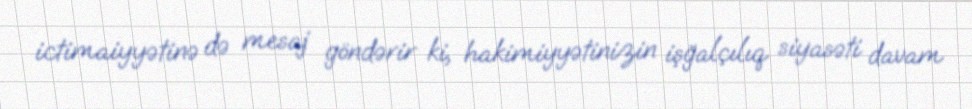
ictimaiyyətinə də mesaj göndərir ki, hakimiyyətinizin işğalçılıq siyasəti davam